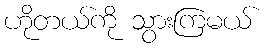
ဟိုတယ်ကို သွားကြမယ်